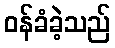
ဝန်ခံခဲ့သည်